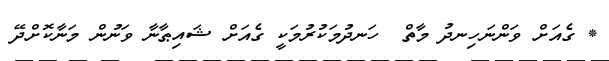
* ގެއަށް ވަންނަހިނދު މާތް  ހަނދުމަކުރުމަކީ ގެއަށް ޝައިޠާނާ ވަނުން މަނާކޮށްދޭ